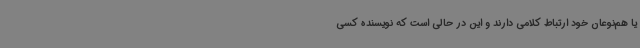
یا هم‌نوعان‌ خود ارتباط کلامی دارند و این در حالی است که نویسنده کسی